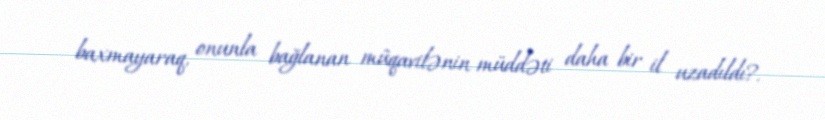
baxmayaraq, onunla bağlanan müqavilənin müddəti daha bir il uzadıldı?.